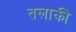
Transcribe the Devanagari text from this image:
तलाकी